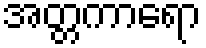
အတ္တကာရော